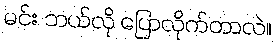
မင်း ဘယ်လို ပြောလိုက်တာလဲ။